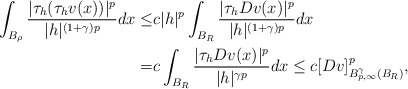
\begin{align*}\displaystyle\int_{B_\rho} \dfrac{|\tau_h(\tau_hv(x))|^{p}}{|h|^{(1+\gamma) p}} dx \leq & c |h|^p \displaystyle\int_{B_R} \dfrac{|\tau_hDv(x)|^{p}}{|h|^{(1+\gamma) p}} dx \\= & c \displaystyle\int_{B_R} \dfrac{|\tau_hDv(x)|^{p}}{|h|^{\gamma p}} dx \le c [Dv]_{B^{\gamma}_{p,\infty}(B_R)}^p,\end{align*}